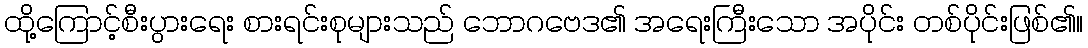
ထို့ကြောင့်စီးပွားရေး စားရင်းစုများသည် ဘောဂဗေဒ၏ အရေးကြီးသော အပိုင်း တစ်ပိုင်းဖြစ်၏။